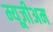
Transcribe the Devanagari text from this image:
म्यूज़ीअम